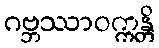
ဂဗ္ဘဿာဝက္ကန္တိ